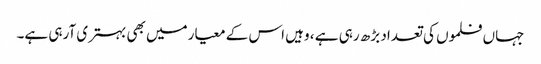
جہاں فلموں کی تعداد بڑھ رہی ہے ، وہیں اس کے معیارمیں بھی بہتری آرہی ہے۔